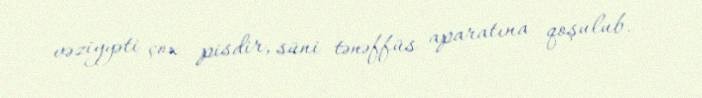
vəziyyəti çox pisdir, süni tənəffüs aparatına qoşulub.